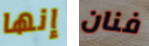
إنها فنان